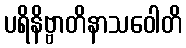
ပရိနိဗ္ဗာတိနာသဝေါတိ